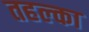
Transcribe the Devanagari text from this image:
तहल्‍का